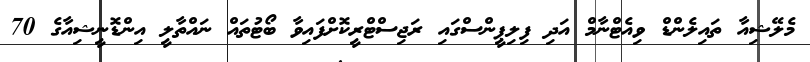
މެލޭޝިއާ ތައިލެންޑް ވިއެޓްނާމް އަދި ފިލިޕީންސްގައި ރަޖިސްޓްރީކޮށްފައިވާ ބޯޓުތައް ނައްތާލީ އިންޑޮނީޝިއާގެ 70